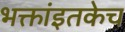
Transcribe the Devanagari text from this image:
भक्तांइतकेच